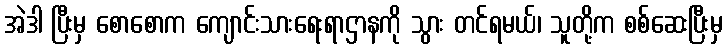
အဲဒါ ပြီးမှ စောစောက ကျောင်းသားရေးရာဌာနကို သွား တင်ရမယ်၊ သူတို့က စစ်ဆေးပြီးမှ